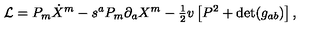
{ \cal L } = P _ { m } \dot { X } ^ { m } - s ^ { a } P _ { m } \partial _ { a } X ^ { m } - { \textstyle { \frac { 1 } { 2 } } } v \left[ P ^ { 2 } + \mathrm { d e t } ( g _ { a b } ) \right] ,